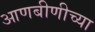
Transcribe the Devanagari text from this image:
आणबीणीच्या